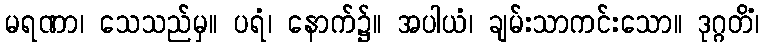
မရဏာ၊ သေသည်မှ။ ပရံ၊ နောက်၌။ အပါယံ၊ ချမ်းသာကင်းသော။ ဒုဂ္ဂတိံ၊